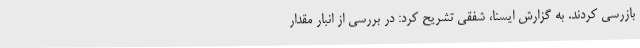
بازرسی کردند. به گزارش ایسنا، شفقی تشریح کرد: در بررسی از انبار مقدار